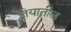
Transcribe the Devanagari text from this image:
ज्ञेयातील